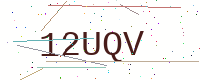
Text: 12UQV